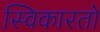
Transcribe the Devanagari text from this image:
स्विकारतो